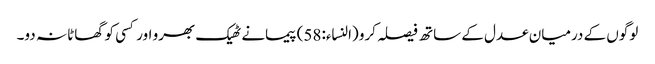
لوگوں کے درمیان عدل کے ساتھ فیصلہ کرو (النساء:58) پیمانے ٹھیک بھرو اور کسی کو گھاٹا نہ دو۔